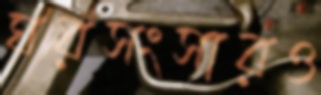
ঘরসংসারও